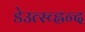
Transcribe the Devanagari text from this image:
डेउत्स्च्ह्लन्द